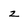
Character: z